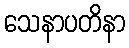
သေနာပတိနာ